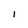
Character: 1